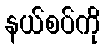
နယ်စပ်ကို